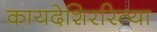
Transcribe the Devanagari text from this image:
कायदेशिररित्या